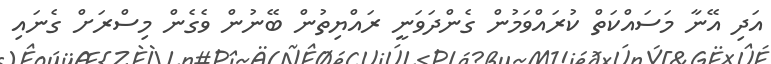
އަދި އޭނާ މަސައްކަތް ކުރައްވަމުން ގެންދަވަނީ ރައްޔިތުން ބޭނުން ވެގެން މިސްރަށް ގެނައި